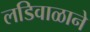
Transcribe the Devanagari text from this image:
लडिवाळाने